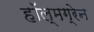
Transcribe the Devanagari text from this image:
हॉल्मग्रेन